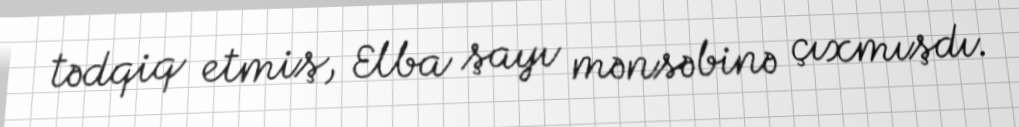
tədqiq etmiş, Elba şayı mənsəbinə çıxmışdı.